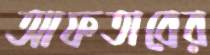
আফতাবের